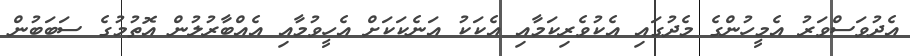
އެދުވަސްވަރު އެމީހުންގެ މެދުގައި އެކުވެރިކަމާއި އެކަކު އަނެކަކަށް އެހީވުމާއި އެއްބާރުލުން އޮތުމުގެ ސަބަބުން